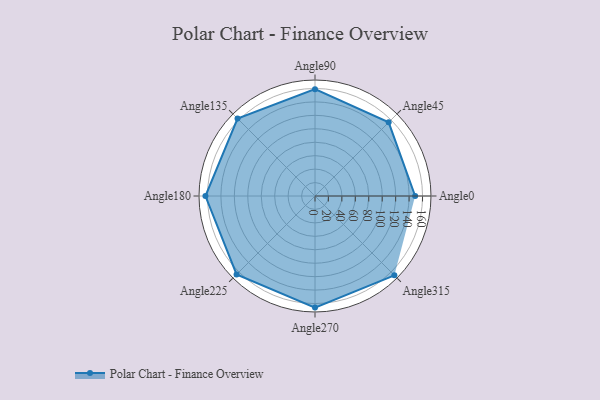
{"axis": {"x": "Angle", "y": "Radius"}, "legend": [""], "data": [{"x": "Angle0", "y": 149.0, "type": ""}, {"x": "Angle45", "y": 155.0, "type": ""}, {"x": "Angle90", "y": 159.0, "type": ""}, {"x": "Angle135", "y": 163.0, "type": ""}, {"x": "Angle180", "y": 163.0, "type": ""}, {"x": "Angle225", "y": 165.0, "type": ""}, {"x": "Angle270", "y": 166.0, "type": ""}, {"x": "Angle315", "y": 167.0, "type": ""}]}